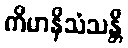
ကိမာနိသံသန္တိ